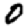
Digit: 0